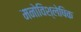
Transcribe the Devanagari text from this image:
मनोविश्लेषिक